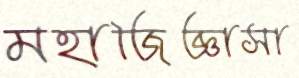
মহাজিজ্ঞাসা